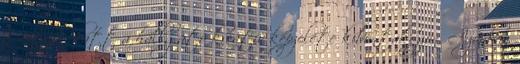
a nóták alatt a hallgató kreatív képzelete kibontakozzon. Azonban